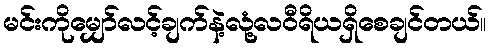
မင်းကိုမျှော်လင့်ချက်နဲ့လုံ့လဝီရိယရှိစေချင်တယ်။